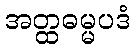
အတ္ထဓမ္မပဒံ